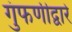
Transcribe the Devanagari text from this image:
गुंफणीद्वारे